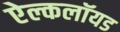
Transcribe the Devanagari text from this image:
ऐल्कलॉयड